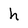
Character: h